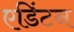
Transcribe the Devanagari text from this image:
एडिंटन